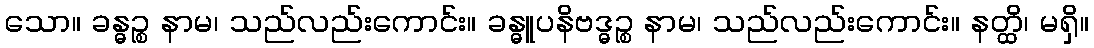
သော။ ခန္ဓဉ္စ နာမ၊ သည်လည်းကောင်း။ ခန္ဓူပနိဗဒ္ဓဉ္စ နာမ၊ သည်လည်းကောင်း။ နတ္ထိ၊ မရှိ။